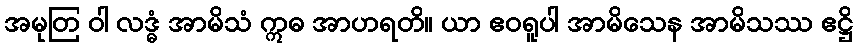
အမုတြ ဝါ လဒ္ဓံ အာမိသံ ဣဓ အာဟရတိ။ ယာ ဧဝရူပါ အာမိသေန အာမိသဿ ဧဋ္ဌိ